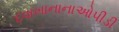
દવાખાનાનાઓપીડી